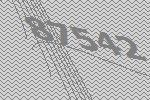
87542